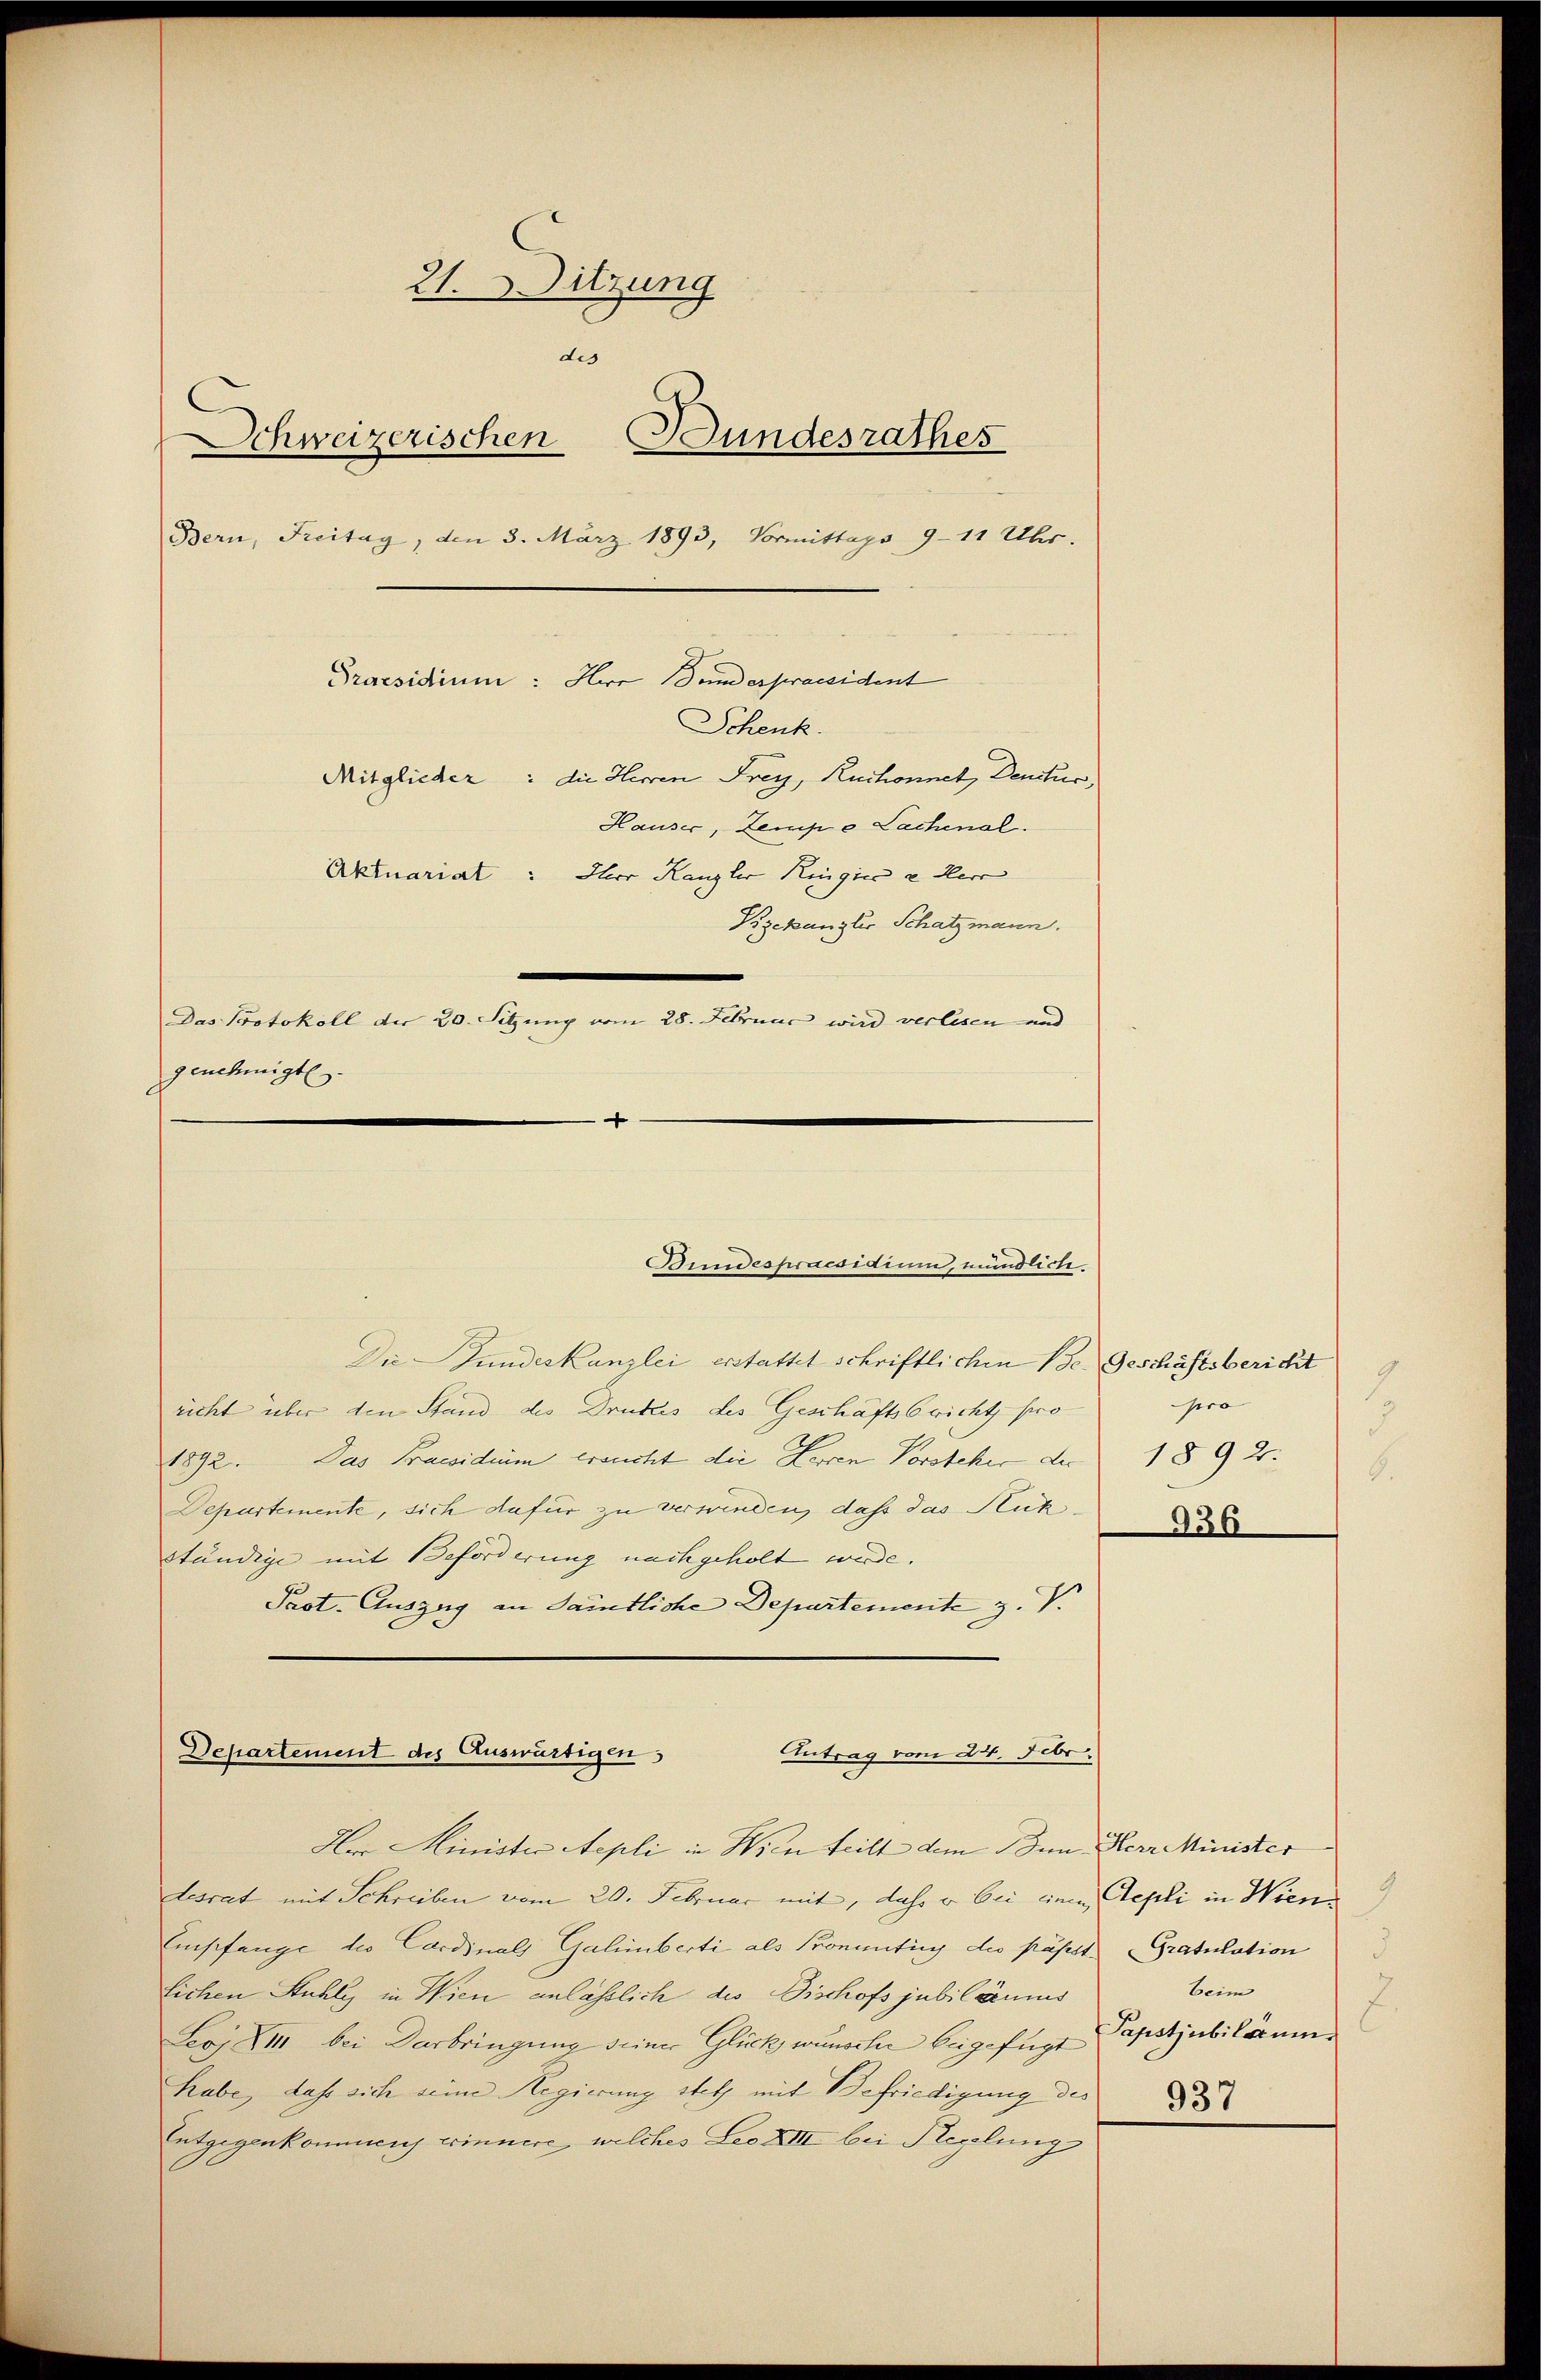
21. Sitzung
des
Schweizerischen Bundesrathes
Bern, Freitag, den 3. März 1893, Vormittags 9-11 Uhr.
Praesidium: Herr und es praesident
Schenk.
Mitglieder: die Herren Frey, Ruchonnet, Denitur,
Hauser, Zemp o Lachenal.
Aktuariat: Ihre Kanzler Ringin u Herr
Bzekanzlis Schatzmann.
Das Protokoll der 20. Sitzung vom 28. Februar wird verlesen und
genehmigt.
.

Die Stundeskanzlei erstattet schriftlichen Be- Geschäftsbericht
richt über den Stand des Drukzis des Geschäftsbricht pro
1892. Das Praesidium ersucht die Herren Vorsteher der 1892:
Departemente, sich dafür zu verwinden, dass das Rüke
ständige mit Beforderung nachgeholt werde.
Past-Auszug an sämtliche Departemente, z. V.
Departement des Auswärtigen
Antrag vom 24. Febr.

Bundespraesidium, mündlich.

Aer Minister Aepli in Wien teilt dem Inn Herr Minister
tesrat mit Schreiben vom 20. Februar mit, daß er bei einen Tepli in Wien.
Empfange die Cordinals Galinberti als Promentin des passt Gratulation
lichen Stuhli in Wien anlässlich des Fischofs jubiläums
Leoj XIII bei Verbringung seiner Glück wünsche beigefügt Papstjubiläum
habe, dass sich seine Regierung stets mit Befriedigung des
937
Entgegenkommen erinnere, welches Leo XIII bei Regelung

pro

936

beim